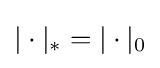
|\cdot |_{*}=|\cdot |_{0}